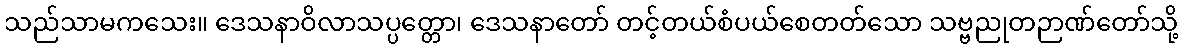
သည်သာမကသေး။ ဒေသနာဝိလာသပ္ပတ္တော၊ ဒေသနာတော် တင့်တယ်စံပယ်စေတတ်သော သဗ္ဗညုတဉာဏ်တော်သို့